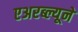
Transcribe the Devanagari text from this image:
एअरब्ल्यूने